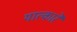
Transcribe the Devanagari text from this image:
यात्कारे